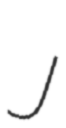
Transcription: J